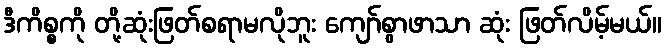
ဒီကိစ္စကို တို့ဆုံးဖြတ်စရာမလိုဘူး ကျော်စွာဖာသာ ဆုံး ဖြတ်လိမ့်မယ်။